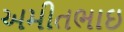
અમીતભાઇ